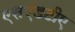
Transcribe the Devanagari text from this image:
एसएंडटीए